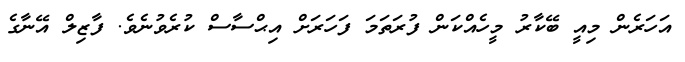
އަހަރެން މިއީ ބޭކާރު މީހެއްކަން ފުރަތަމަ ފަހަރަށް އިޙްސާސް ކުރެވުނެވެ. ފާޒިލް އޭނާގެ